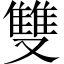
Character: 雙